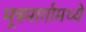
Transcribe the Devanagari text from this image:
मूत्रमार्गामध्ये